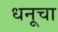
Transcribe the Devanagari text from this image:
धनूचा